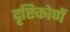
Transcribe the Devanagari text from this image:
दृष्टिकोणें